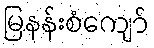
မြနန်းစံကျော်